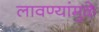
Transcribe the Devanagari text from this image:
लावण्यांमुळे